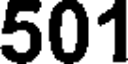
501